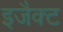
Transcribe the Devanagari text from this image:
इजैक्ट